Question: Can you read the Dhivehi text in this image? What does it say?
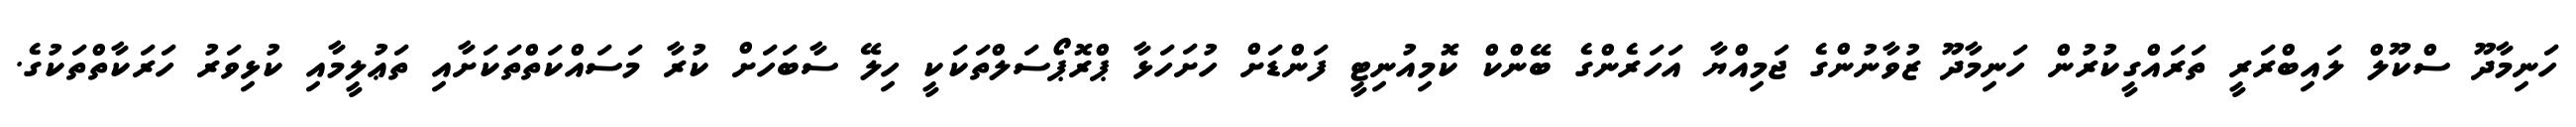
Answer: ހަނިމާދޫ ސްކޫލް ލައިބްރަރީ ތަރައްގީކުރުން ހަނިމާދޫ ޒުވާނުންގެ ޖަމިއްޔާ އަހަރެންގެ ބޭންކް ކޮމިއުނިޓީ ފަންޑަށް ހުށަހަޅާ ޕްރޮޕޯސަލްތަކަކީ ހިލޭ ސާބަހަށް ކުރާ މަސައްކަތްތަކަށާއި ތަޢުލީމާއި ކުޅިވަރު ހަރަކާތްތަކުގެ.